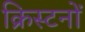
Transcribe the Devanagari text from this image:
क्रिस्टनों